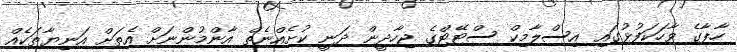
ހާޕާގެ ވާހަކަފުޅުގައި އިސްލާމިކް ސްޓޭޓްގެ ޖިހާދީން ދަނީ ކުށެއްނެތް އާންމުންނަށް އެތަށް އަނިޔާތަކެއް